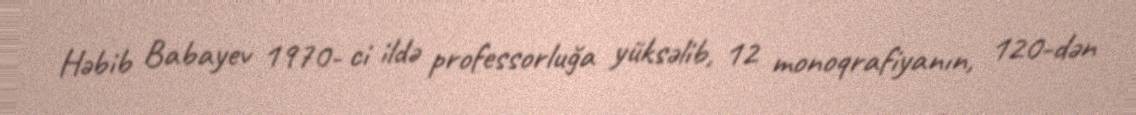
Həbib Babayev 1970- ci ildə professorluğa yüksəlib, 12 monoqrafiyanın, 120-dən